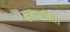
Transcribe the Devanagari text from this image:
जलपीता